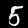
Digit: 5